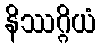
နိဿဂ္ဂိယံ